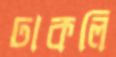
ঢাকলি